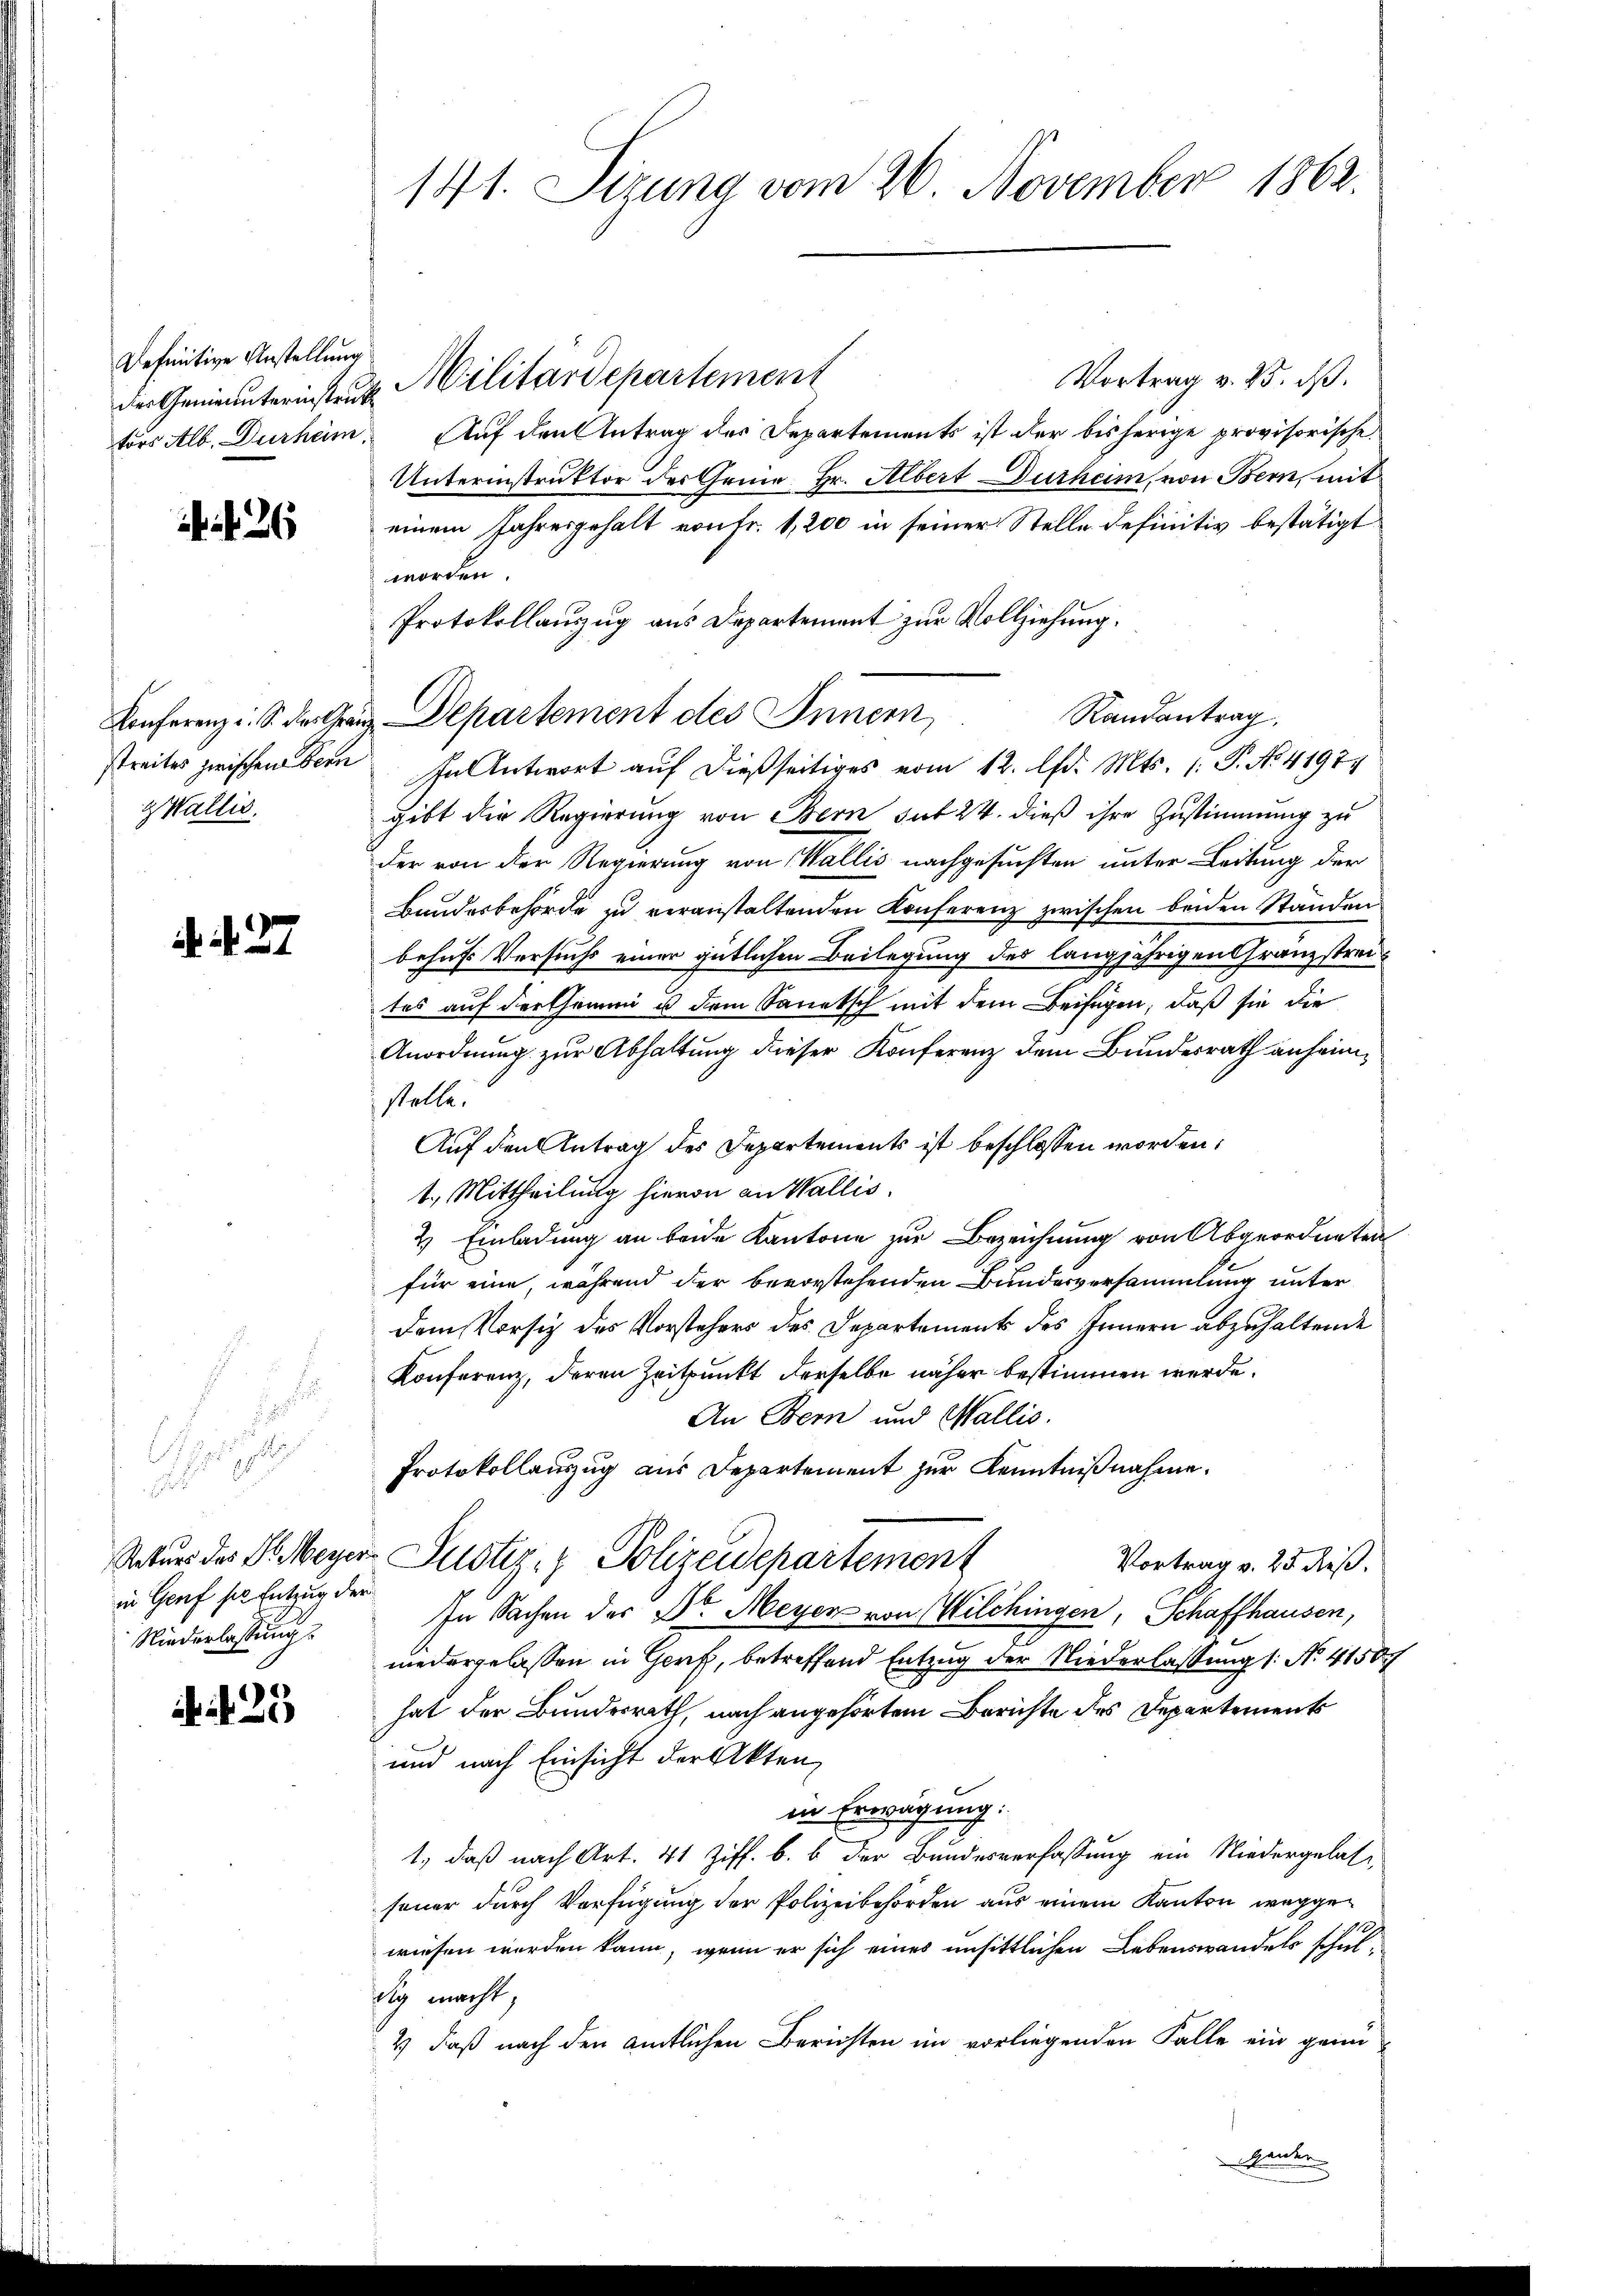
Definitive Anstellung

2

Wallis.

N. N. 27

in Genf sie Entzug der
Niederlassung.

25

Vortrag v. 25. dß.
der Genierunteristen Militärdepartement
tors Alb. Durheim. Auf den Antrag des Departements ist der bisherige provisorische
Unterinstruktor der Grund Hr. Albert Durheim, von Bern, mit
einem Jahresgehalt von Fr. 1,200 in seiner Stelle definitiv bestätigt
worden.
Protokollauszug aus Departement zur Vollziehung.
streites zwischen Bern. In Antwort auf dießseitiges vom 12. Apr. Mts. (: P. No. 41974
gibt die Regierung von Bern gut 24. dieß ihre Zustimmung zu
der von der Regierung von Wallis nachgesuchten unter Leitung der
Bundesbehörde zu veranstaltenden Konferenz zwischen beiden Ständen
behufs Versuchs einer gütlichen Beilegung des langjährigen Granzstreites auf dershemme u dem Sanatsch mit dem Beifügen, daß sie die
Anordnung zur Abhaltung dieser Konferenz dem Bundesrath anheimstelle.
Auf den Antrag des Departements ist beschlossen worden,
1., Mittheilung hievon an Wallis.
2) Einladung an beide Kantone zur Bezeichnung von Abgeordneten
für eine, während der bevorstehenden Bundesversammlung unter
Dem Vorsich des Vorstehers des Departements des Innern abzuhaltende
Konferenz, deren Zeitpunkt derselbe näher bestimmen werde.
An Bern und Wallis.
Protokollauszug aus Departement zur Kenntnißnahme.
Satur des I. Weyer Justiz- & Polizeidepartement
Vortrag v. 25. dieß.
In Sachen des Dr. Meyer von Wilchingen, Schaffhausen,
niedergelassen in Genf, betreffend Entzug der Niederlassung 1. No. 41507
hat der Bundesrath, nach angehörtem Berichte des Departements
und nach Einsicht der Akten,
in Erwägung:
1., daß nach Art. 41 Ziff. b. b der Bundesverfassung ein Niedergelassener durch Verfügung der Polizeibehörden aus einem Kanton wegge¬
16
wiesen werden kann, wenn er sich eines unsittlichen Lebenswandels schuldig macht,
2) daß nach den amtlichen Berichten im vorliegenden Falle ein genügenden

141. Sizung vom 26. November 1862.

Konferenz. S. des Granz Departement des Innern,

Randantrag,